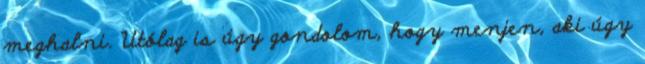
meghalni. Utólag is úgy gondolom, hogy menjen, aki úgy